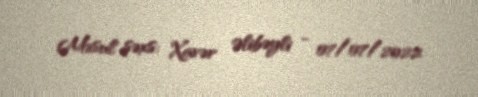
Məsul şəxs: Xavər Əlibəyli - 07/07/2022